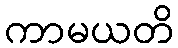
ကာမယတိ